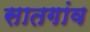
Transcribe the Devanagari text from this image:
सातगांव